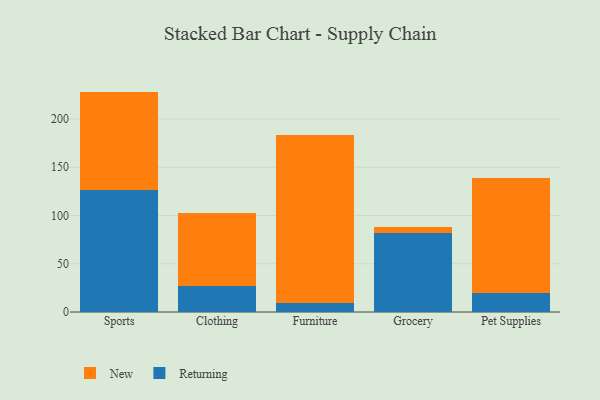
{"axis": {"x": "Category", "y": "Shipments"}, "legend": ["New", "Returning"], "data": [{"x": "Sports", "y": 126.8, "type": "Returning"}, {"x": "Sports", "y": 101.6, "type": "New"}, {"x": "Clothing", "y": 26.6, "type": "Returning"}, {"x": "Clothing", "y": 75.7, "type": "New"}, {"x": "Furniture", "y": 9.1, "type": "Returning"}, {"x": "Furniture", "y": 174.7, "type": "New"}, {"x": "Grocery", "y": 81.9, "type": "Returning"}, {"x": "Grocery", "y": 6.3, "type": "New"}, {"x": "Pet Supplies", "y": 19.5, "type": "Returning"}, {"x": "Pet Supplies", "y": 119.6, "type": "New"}]}